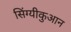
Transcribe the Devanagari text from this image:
सिंग्यीकुआन